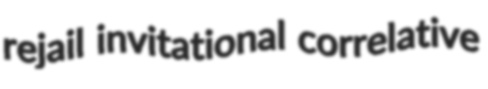
rejail invitational correlative